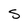
Character: S